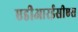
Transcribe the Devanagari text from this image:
एडीआरईसीएस